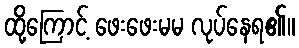
ထို့ကြောင့် ဖေးဖေးမမ လုပ်နေရ၏။